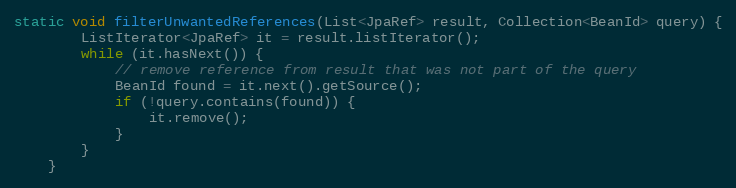
Language: Java
static void filterUnwantedReferences(List<JpaRef> result, Collection<BeanId> query) {
        ListIterator<JpaRef> it = result.listIterator();
        while (it.hasNext()) {
            // remove reference from result that was not part of the query
            BeanId found = it.next().getSource();
            if (!query.contains(found)) {
                it.remove();
            }
        }
    }